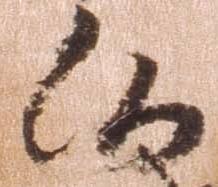
候